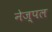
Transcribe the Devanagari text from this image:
नेज़्पल